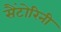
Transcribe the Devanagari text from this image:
सैंटोरिनी